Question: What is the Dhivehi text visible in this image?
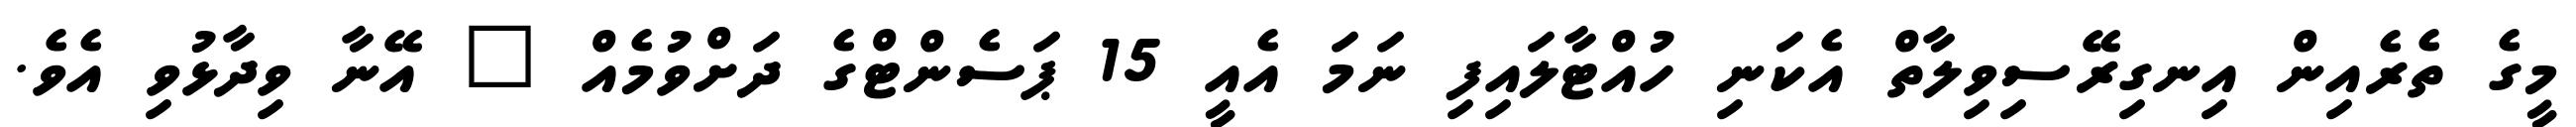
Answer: މީގެ ތެރެއިން އިނގިރޭސިވިލާތް އެކަނި ހުއްޓާލައިފި ނަމަ އެއީ 15 ޕަސެންޓްގެ ދަށްވުމެއް " އޭނާ ވިދާޅުވި އެވެ.